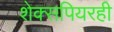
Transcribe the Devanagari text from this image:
शेक्सपियरही